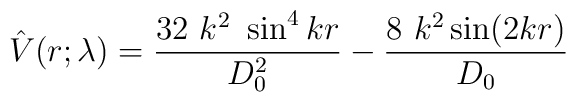
\hat{V}(r;\lambda)=\frac{32~k^2~\sin^4kr}{D_0^2}-\frac{8~k^2\sin(2kr)}{D_0}